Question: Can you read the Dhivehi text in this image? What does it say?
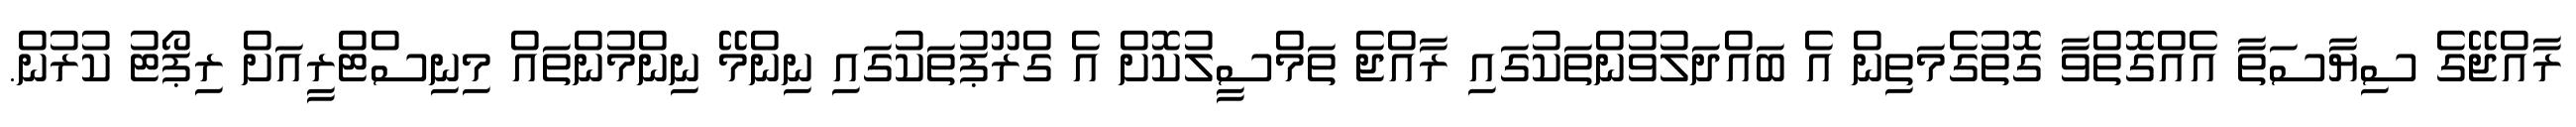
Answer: ރާއްޖޭގެ ސިޔާސަތާ އެއްގޮތްވާ ގޮތުގެމަތިން އެ ބައްދަލުވުންތަކުގައި ރާއްޖެ ތަމްސީލުކޮށް އެ ގްރޫޕުތަކުގައި ނިންމޭ ނިންމުންތައް މިނިސްޓްރީއަށް ރިޕޯޓު ކުރުން.